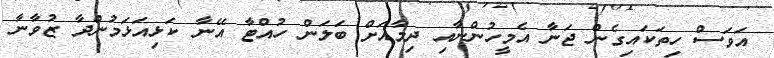
އަވަސް ހިތަކައިގެން ޖަނާ އެމީހުންނާއި ދިމާއަށް ބަލަން ހުއްޓާ އޭނާ ކަޅިއަޅަމުންދާ ޒުވާނާ